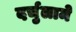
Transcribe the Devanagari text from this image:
दर्चुलामे